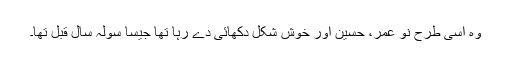
وہ اسی طرح نو عمر، حسین اور خوش شکل دکھائی دے رہا تھا جیسا سولہ سال قبل تھا۔